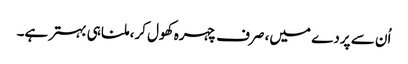
اُن سے پردے میں، صرف چہرہ کھول کر، ملنا ہی بہتر ہے۔